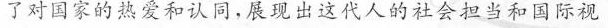
了对国家的热爱和认同，展现出这代人的社会担当和国际视